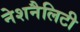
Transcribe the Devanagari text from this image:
नेशनैलिटी